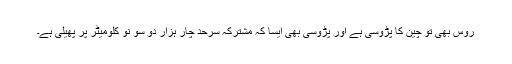
روس بھی تو چین کا پڑوسی ہے اور پڑوسی بھی ایسا کہ مشترکہ سرحد چار ہزار دو سو نو کلومیٹر پر پھیلی ہے۔